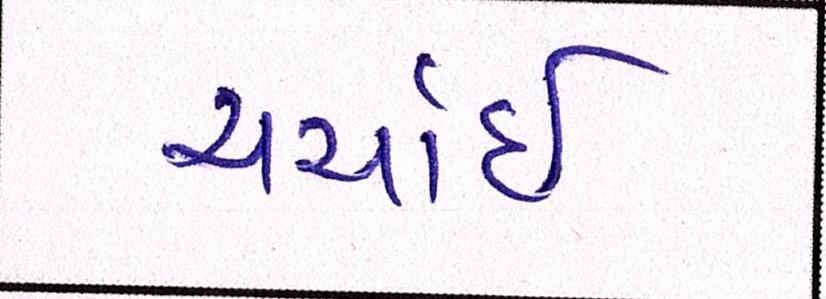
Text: ચર્ચાઇ